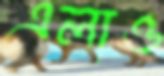
এলাও